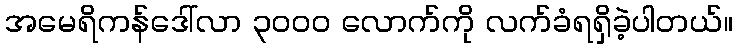
အမေရိကန်ဒေါ်လာ ၃၀၀၀ လောက်ကို လက်ခံရရှိခဲ့ပါတယ်။